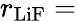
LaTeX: r_{\mathrm{LiF}}=